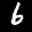
Label: 6